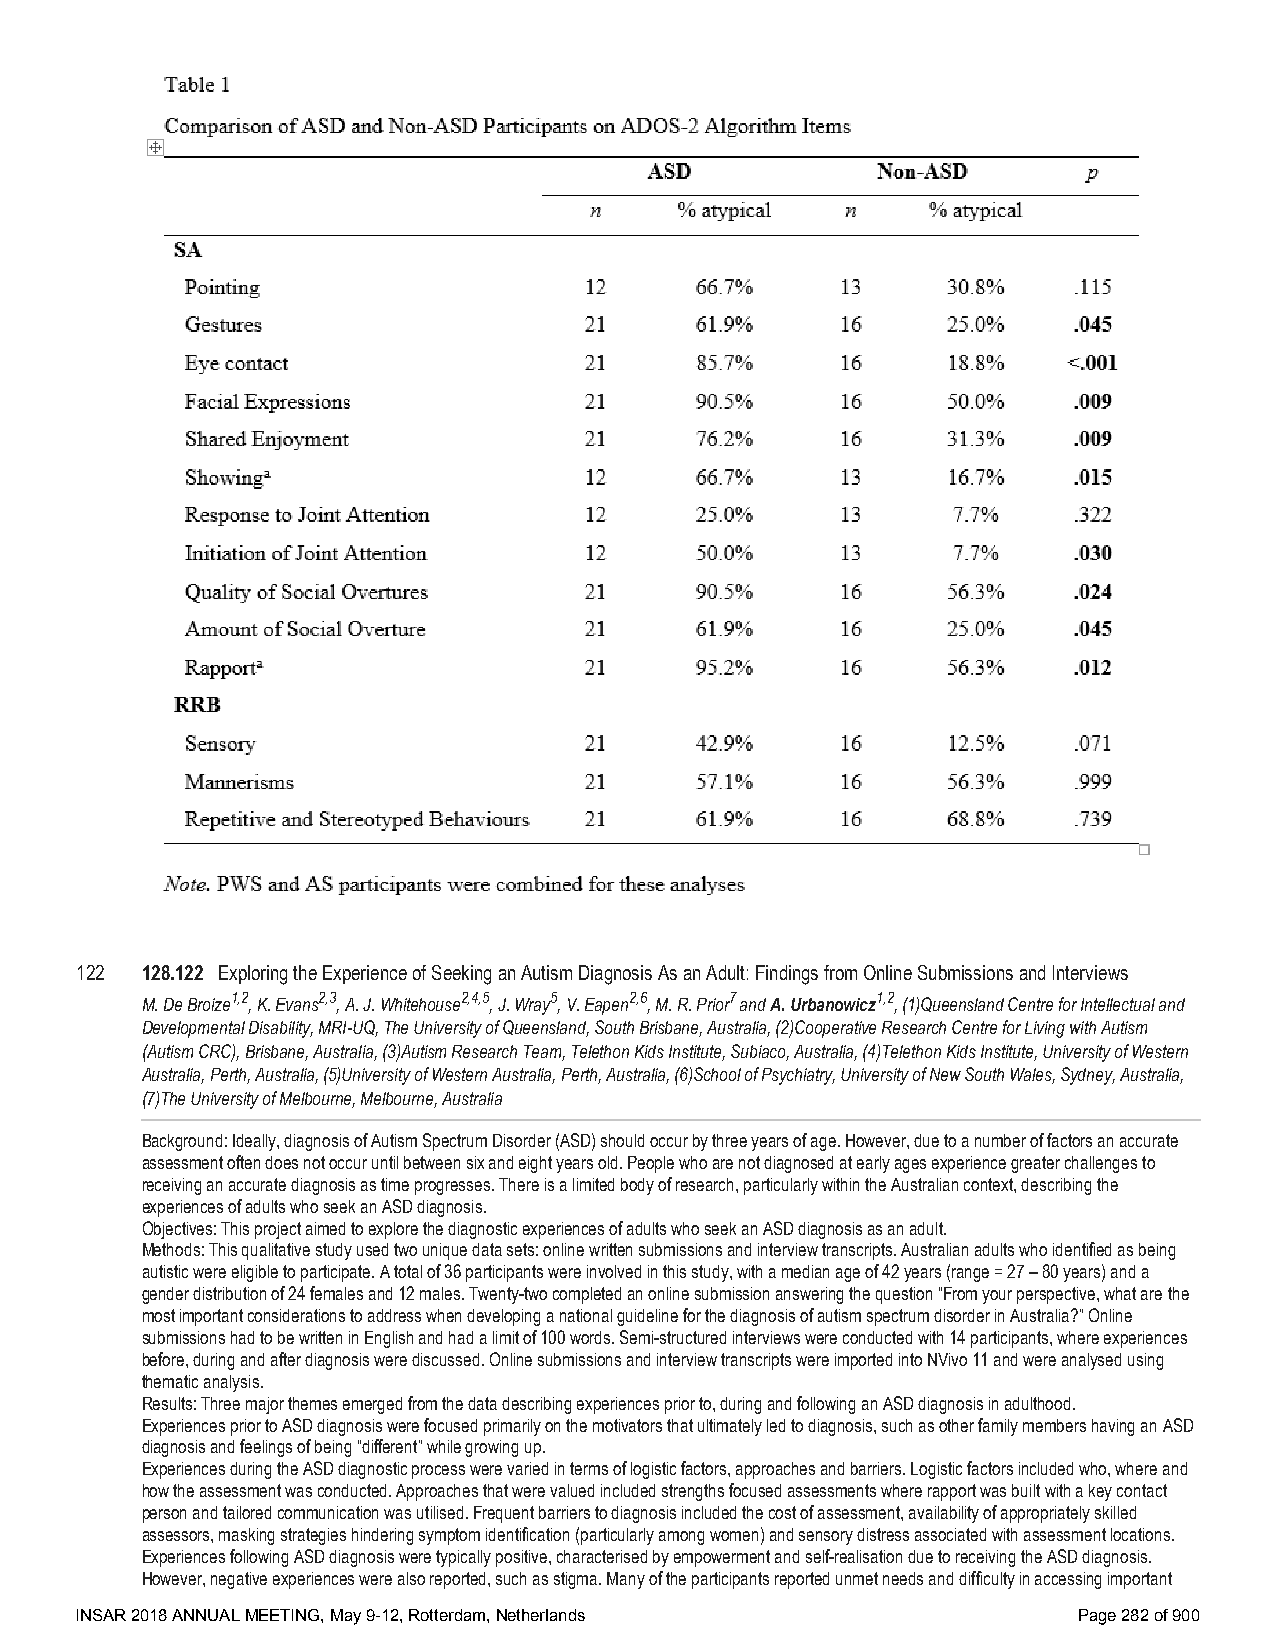
122 128.122 Exploring the Experience of Seeking an Autism Diagnosis As an Adult: Findings from Online Submissions and Interviews
 M. De Broize1,2, K. Evans2,3, A. J. Whitehouse2,4,5, J. Wray5, V. Eapen2,6, M. R. Prior7 and A. Urbanowicz1,2, (1)Queensland Centre for Intellectual and
 Developmental Disability, MRI-UQ, The University of Queensland, South Brisbane, Australia, (2)Cooperative Research Centre for Living with Autism
 (Autism CRC), Brisbane, Australia, (3)Autism Research Team, Telethon Kids Institute, Subiaco, Australia, (4)Telethon Kids Institute, University of Western
 Australia, Perth, Australia, (5)University of Western Australia, Perth, Australia, (6)School of Psychiatry, University of New South Wales, Sydney, Australia,
 (7)The University of Melbourne, Melbourne, Australia
 Background: Ideally, diagnosis of Autism Spectrum Disorder (ASD) should occur by three years of age. However, due to a number of factors an accurate
 assessment often does not occur until between six and eight years old. People who are not diagnosed at early ages experience greater challenges to
 receiving an accurate diagnosis as time progresses. There is a limited body of research, particularly within the Australian context, describing the
 experiences of adults who seek an ASD diagnosis.
 Objectives: This project aimed to explore the diagnostic experiences of adults who seek an ASD diagnosis as an adult.
 Methods: This qualitative study used two unique data sets: online written submissions and interview transcripts. Australian adults who identified as being
 autistic were eligible to participate. A total of 36 participants were involved in this study, with a median age of 42 years (range = 27 – 80 years) and a
 gender distribution of 24 females and 12 males. Twenty-two completed an online submission answering the question “From your perspective, what are the
 most important considerations to address when developing a national guideline for the diagnosis of autism spectrum disorder in Australia?” Online
 submissions had to be written in English and had a limit of 100 words. Semi-structured interviews were conducted with 14 participants, where experiences
 before, during and after diagnosis were discussed. Online submissions and interview transcripts were imported into NVivo 11 and were analysed using
 thematic analysis.
 Results: Three major themes emerged from the data describing experiences prior to, during and following an ASD diagnosis in adulthood.
 Experiences prior to ASD diagnosis were focused primarily on the motivators that ultimately led to diagnosis, such as other family members having an ASD
 diagnosis and feelings of being “different” while growing up.
 Experiences during the ASD diagnostic process were varied in terms of logistic factors, approaches and barriers. Logistic factors included who, where and
 how the assessment was conducted. Approaches that were valued included strengths focused assessments where rapport was built with a key contact
 person and tailored communication was utilised. Frequent barriers to diagnosis included the cost of assessment, availability of appropriately skilled
 assessors, masking strategies hindering symptom identification (particularly among women) and sensory distress associated with assessment locations.
 Experiences following ASD diagnosis were typically positive, characterised by empowerment and self-realisation due to receiving the ASD diagnosis.
 However, negative experiences were also reported, such as stigma. Many of the participants reported unmet needs and difficulty in accessing important
 INSAR 2018 ANNUAL MEETING, May 9-12, Rotterdam, Netherlands       Page 282 of 900